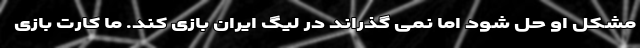
مشکل او حل شود اما نمی گذراند در لیگ ایران بازی کند. ما کارت بازی